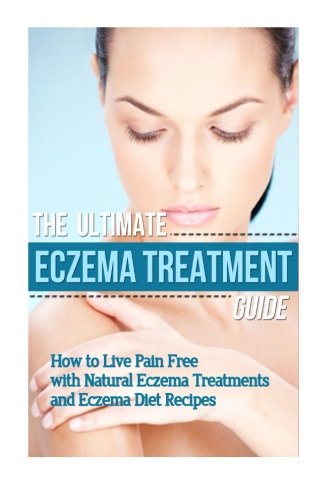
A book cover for The Ultimate Eczema Treatment Guide: How to Live Pain Free with Natural Eczema Treatments and Eczema Diet Recipes; Mia Soleil; Health, Fitness & Dieting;